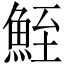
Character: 𩶪